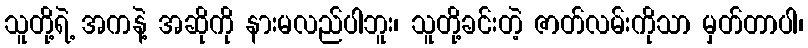
သူတို့ရဲ့ အကနဲ့ အဆိုကို နားမလည်ပါဘူး၊ သူတို့ခင်းတဲ့ ဇာတ်လမ်းကိုသာ မှတ်တာပါ၊